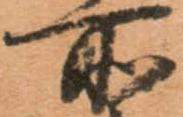
所